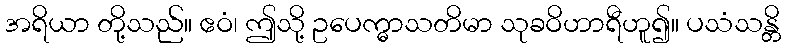
အရိယာ တို့သည်။ ဧဝံ၊ ဤသို့ ဥပေက္ဓာသတိမာ သုခဝိဟာရီဟူ၍။ ပသံသန္တိ